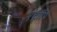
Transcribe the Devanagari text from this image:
एंट्रॉपि